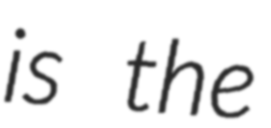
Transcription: is the